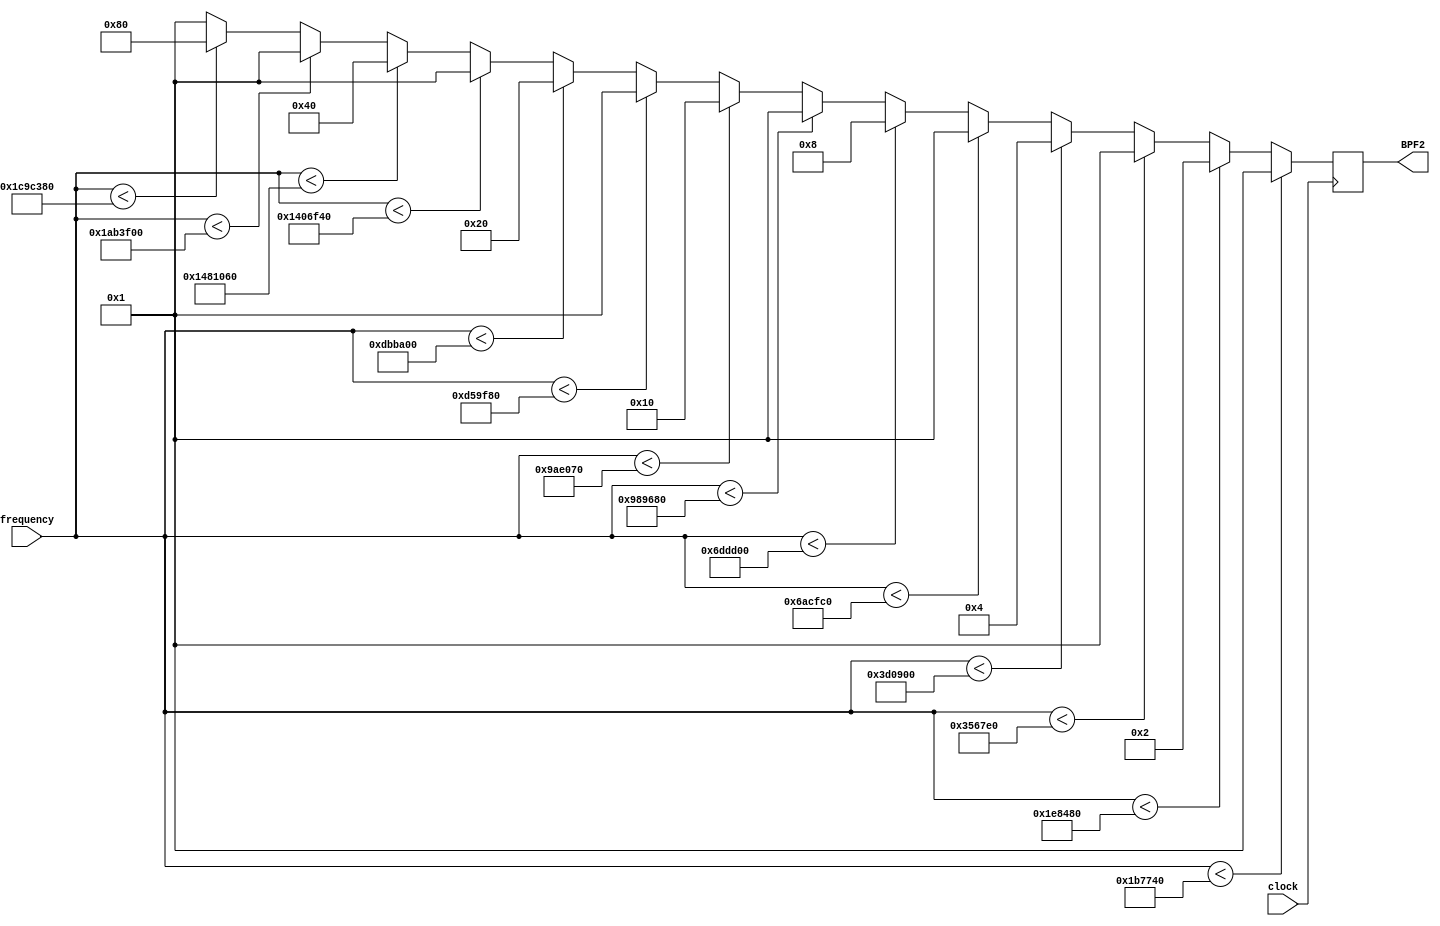
// V1.0 19th November 2007
//
// Copyright 2006,2007 Phil Harman VK6APH
//
//  HPSDR - High Performance Software Defined Radio
//
//  Alex SPI interface.
//
//
//  This program is free software; you can redistribute it and/or modify
//  it under the terms of the GNU General Public License as published by
//  the Free Software Foundation; either version 2 of the License, or
//  (at your option) any later version.
//
//  This program is distributed in the hope that it will be useful,
//  but WITHOUT ANY WARRANTY; without even the implied warranty of
//  MERCHANTABILITY or FITNESS FOR A PARTICULAR PURPOSE.  See the
//  GNU General Public License for more details.
//
//  You should have received a copy of the GNU General Public License
//  along with this program; if not, write to the Free Software
//  Foundation, Inc., 59 Temple Place, Suite 330, Boston, MA  02111-1307  USA

//////////////////////////////////////////////////////////////
//
//		Alex Band Decoder & BPF2 selection
//
//////////////////////////////////////////////////////////////
/*
BPF design ranges:

BPF1: 1.5 MHz to 2.5 MHz for 160M
BPF2: 2 MHz to 6 MHz for 80/60M
BPF3: 5 MHz to 10 MHz for 40/30M
BPF4: 12 MHz to 24 MHz for 20/17M/15M
BPF5: 20 MHz to 35 MHz for 12/10M
LNA:  21 MHz to 54 MHz 

2020 	Mar changed by EU1SW for narrow BPF2 
*/

module BPF2_select(clock,frequency,BPF2);
input  wire        clock;
input  wire [31:0] frequency;
output reg   [7:0] BPF2;

always @(posedge clock)
begin
if 		(frequency <  1800000) 	BPF2 <= 8'b00000001;	// LPF_0_30
else if	(frequency <  2000000) 	BPF2 <= 8'b00000010;	// RX BPF 160M	
else if 	(frequency <  3500000)	BPF2 <= 8'b00000001;	// LPF_0_30
else if 	(frequency <  4000000)	BPF2 <= 8'b00000100;	// RX BPF 80M
else if 	(frequency <  7000000)	BPF2 <= 8'b00000001;	// LPF_0_30
else if 	(frequency <  7200000) 	BPF2 <= 8'b00001000; 	// RX BPF 40M
else if 	(frequency < 10000000) 	BPF2 <= 8'b00000001; 	// LPF_0_30
else if 	(frequency < 10150000) 	BPF2 <= 8'b00010000; 	// RX BPF 30M
else if 	(frequency < 14000000) 	BPF2 <= 8'b00000001; 	// LPF_0_30
else if 	(frequency < 14400000) 	BPF2 <= 8'b00100000; 	// RX BPF 20M
else if 	(frequency < 21000000) 	BPF2 <= 8'b00000001; 	// LPF_0_30
else if 	(frequency < 21500000) 	BPF2 <= 8'b01000000; 	// RX BPF 15M
else if 	(frequency < 28000000) 	BPF2 <= 8'b00000001; 	// LPF_0_30
else if 	(frequency < 30000000) 	BPF2 <= 8'b10000000; 	// RX BPF 10M
else					BPF2 <= 8'b00000001;	// LPF_0_30

end
endmodule